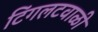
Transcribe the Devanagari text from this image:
टिंगलटवाळी